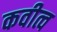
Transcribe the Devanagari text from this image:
कवीत्व